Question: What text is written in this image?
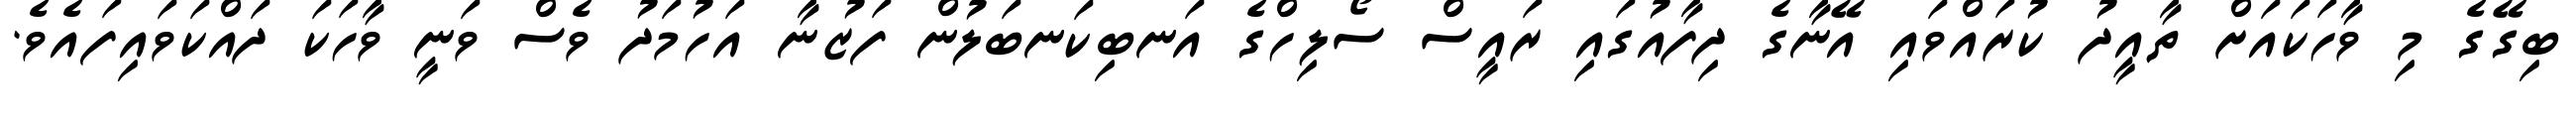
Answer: ބިގޭގެ މި ވާހަކައަށް ތާއީދު ކުރައްވައި އޭނާގެ ދިފާއުގައި ރައީސް ސޯލިހްގެ އަނބިކަނބަލުން ފަޒުނާ އަހުމަދު ވެސް ވަނީ ވާހަކަ ދައްކަވައިފައެވެ.